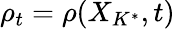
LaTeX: \rho_{t}=\rho(X_{K^{*}},t)